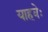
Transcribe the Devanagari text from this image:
याहवेः